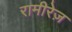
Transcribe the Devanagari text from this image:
रामीरेज़